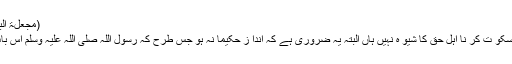
(مجعلۃ البحو ث الا سلمیہ شما ر ہ 36)
حتمی غلط و با طل عقا ئد پر سکو ت کر نا اہل حق کا شیو ہ نہیں ہاں البتہ یہ ضروری ہے کہ اندا ز حکیما نہ ہو جس طرح کہ رسول اللہ صلی اللہ علیہ وسلم اس بات کے ما مو ر من اللہ تھے ۔